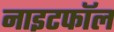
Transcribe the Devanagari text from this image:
नाइटफॉल